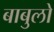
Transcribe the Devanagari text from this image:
बाबुलो